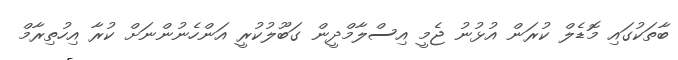
ބާތަކުގައި މޮޑެލް ކުރަން އުޅުނު ޖެމީ އިސްލާމްދީން ގަބޫލުކުރީ އަންހެނުންނަށް ކުރާ އިހުތިރާމް